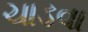
ચાડવા